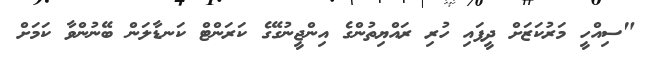
"ސިއްހީ މަރުކަޒަށް ދީފައި ހުރި ރައްޔިތުންގެ އިންޖީނުގޭގެ ކަރަންޓް ކަނޑާލަން ބޭނުންވާ ކަމަށް